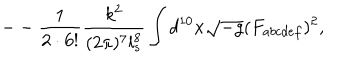
- - \frac { 1 } { 2 \cdot 6 ! } \frac { k ^ { 2 } } { ( 2 \pi ) ^ { 7 } l _ { s } ^ { 8 } } \int d ^ { 1 0 } x \sqrt { - g } ( F _ { a b c d e f } ) ^ { 2 } ,